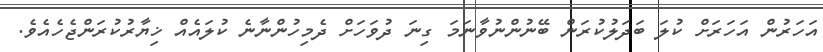
އަހަރުން އަހަރަށް ކުލަ ބަދަލުކުރަން ބޭނުންނުވާނަމަ ގިނަ ދުވަހަށް ދެމިހުންނާނެ ކުލައެއް ޚިޔާރުކުރަންޖެހެއެވެ.